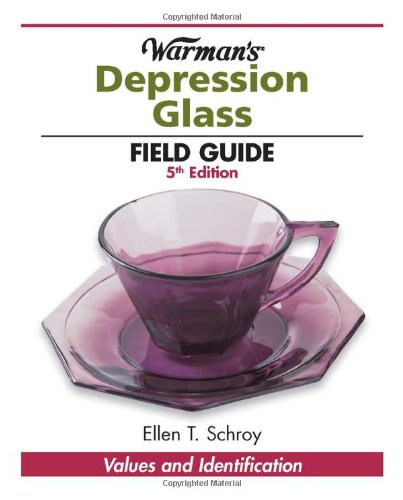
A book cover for Warman's Depression Glass Field Guide (Warman's Field Guides Depression Glass: Values & Identification); Ellen Schroy; Crafts, Hobbies & Home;